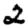
Digit: 2